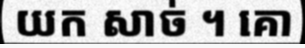
យក សាច់ ។ គោ